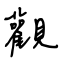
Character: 觀